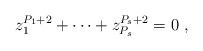
LaTeX: \begin{align*}z_1^{P_1 +2} + \dots + z_{P_s}^{P_s + 2} = 0~,\end{align*}